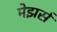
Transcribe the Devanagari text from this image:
मेझर्स